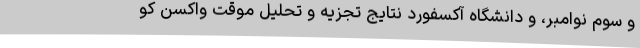
و سوم نوامبر، و دانشگاه آکسفورد نتایج تجزیه و تحلیل موقت واکسن کو